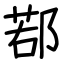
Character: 鄀